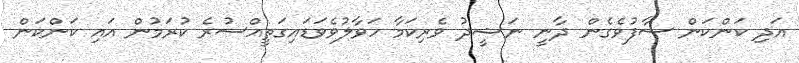
އަދި ކަންކަން ސާފުވެގެން ދާނީ ނަޝީދު ވެރިކަމާ ހަވާލުވެވަޑައިގަތީއްސުރެ ކުރަމުން އައި ކަންކަން